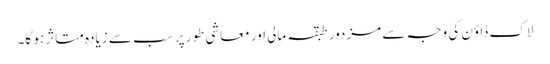
لاک ڈاؤن کی وجہ سے مزدور طبقہ مالی اور معاشی طور پر سب سے زیادہ متاثر ہو گا۔